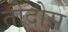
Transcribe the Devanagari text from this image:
तोदोस